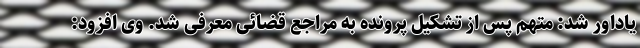
یاداور شد: متهم پس از تشکیل پرونده به مراجع قضائی معرفی شد. وی افزود: